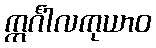
ဣင်္ဂါလကုယာဝ